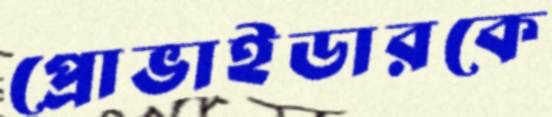
প্রোভাইডারকে